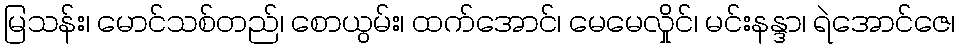
မြသန်း၊ မောင်သစ်တည်၊ စောယွမ်း၊ ထက်အောင်၊ မေမေလှိုင်၊ မင်းနန္ဒာ၊ ရဲအောင်ဇေ၊